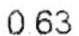
0.63